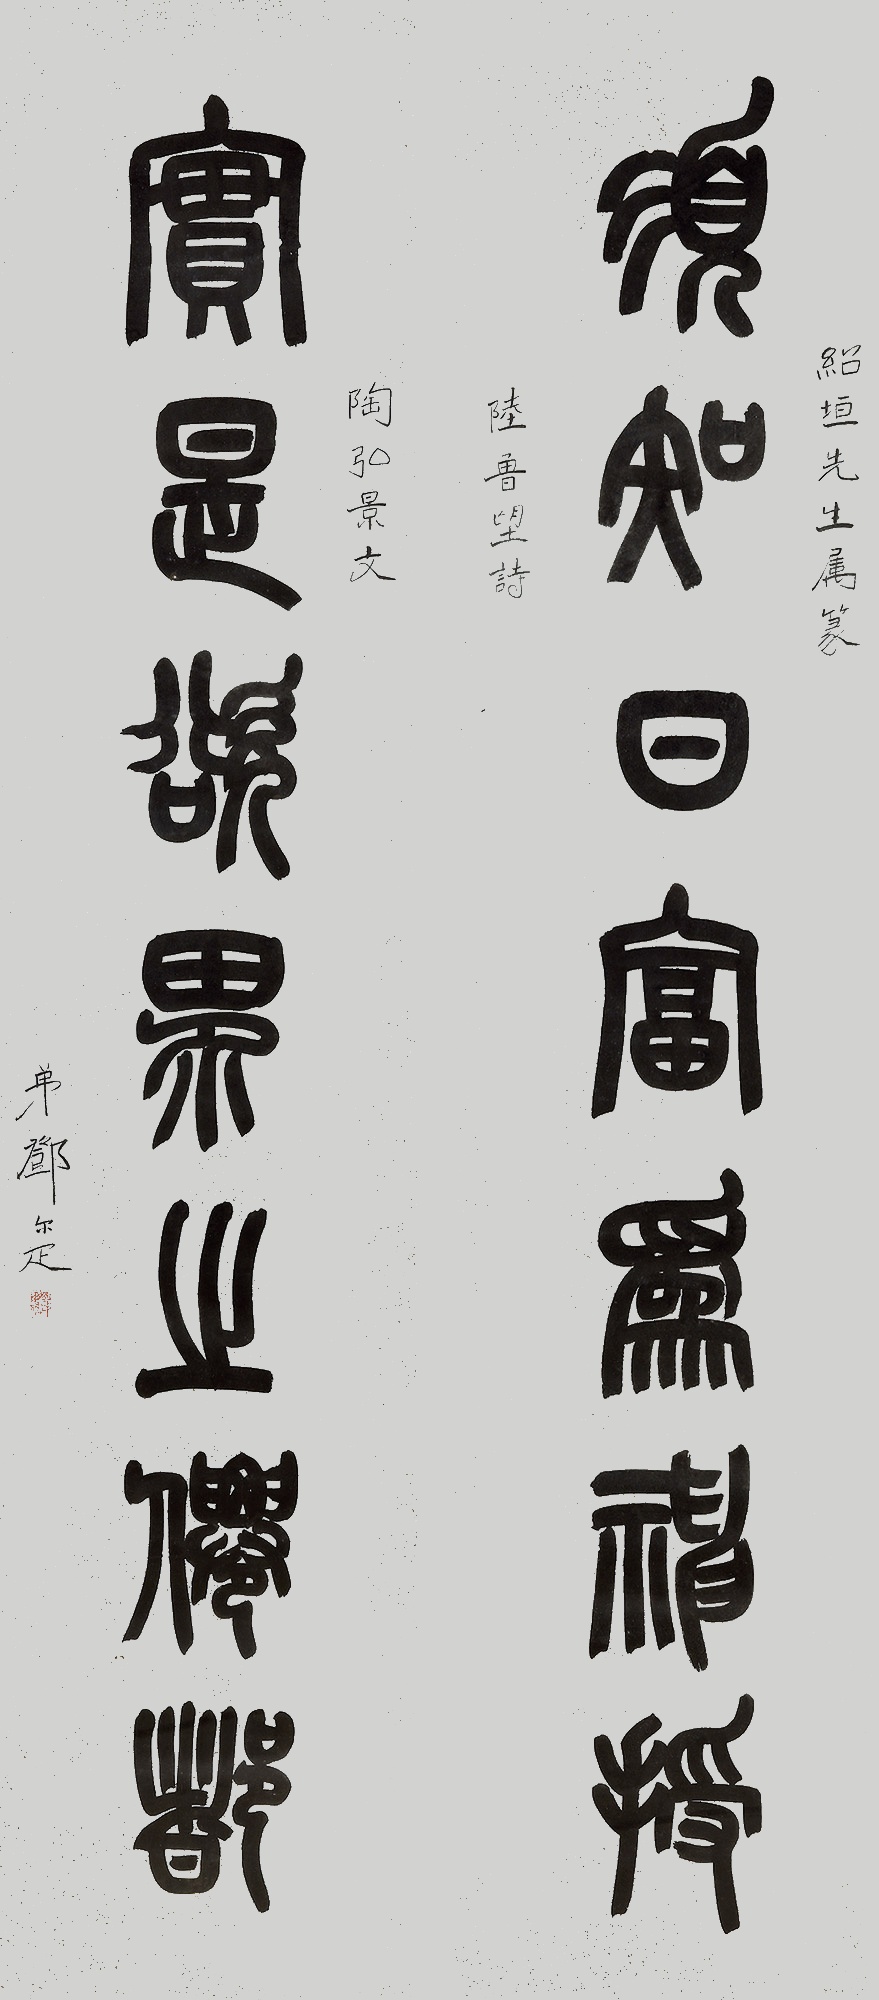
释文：须知日富是神授，实是欲界之仙都。绍垣先生属篆，陆鲁望诗，陶弘景文，弟邓尔疋。